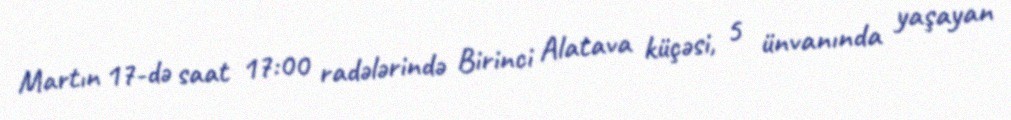
Martın 17-də saat 17:00 radələrində Birinci Alatava küçəsi, 5 ünvanında yaşayan